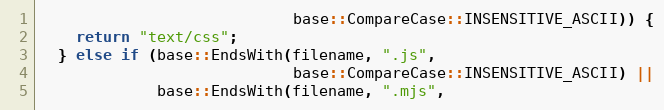
Language: C++
                            base::CompareCase::INSENSITIVE_ASCII)) {
    return "text/css";
  } else if (base::EndsWith(filename, ".js",
                            base::CompareCase::INSENSITIVE_ASCII) ||
             base::EndsWith(filename, ".mjs",